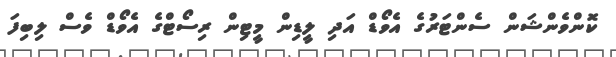
ކޮންވެންޝަން ސެންޓަރުގެ އެވޯޑް އަދި ލީޑިން މީޓިން ރިސޯޓްގެ އެވޯޑް ވެސް ލިބިފަ